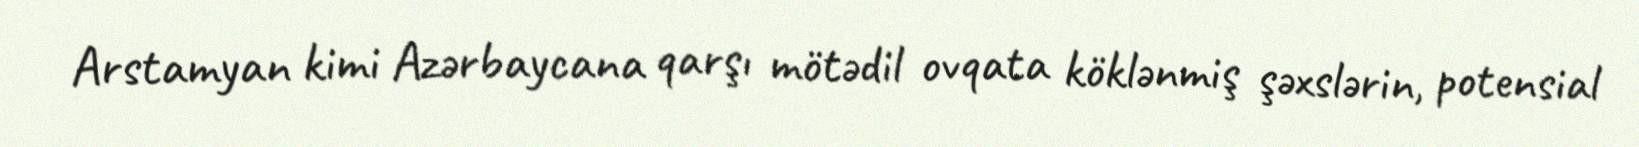
Arstamyan kimi Azərbaycana qarşı mötədil ovqata köklənmiş şəxslərin, potensial